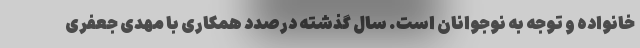
خانواده و توجه به نوجوانان است. سال گذشته درصدد همکاری با مهدی جعفری